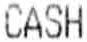
CASH